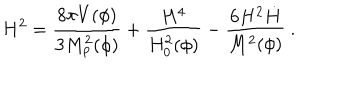
LaTeX: H ^ { 2 } = { \frac { 8 \pi V ( \phi ) } { 3 M _ { \mathrm { p } } ^ { 2 } ( \phi ) } } + { \frac { H ^ { 4 } } { H _ { 0 } ^ { 2 } ( \phi ) } } - { \frac { 6 H ^ { 2 } \dot { H } } { M ^ { 2 } ( \phi ) } } \ .